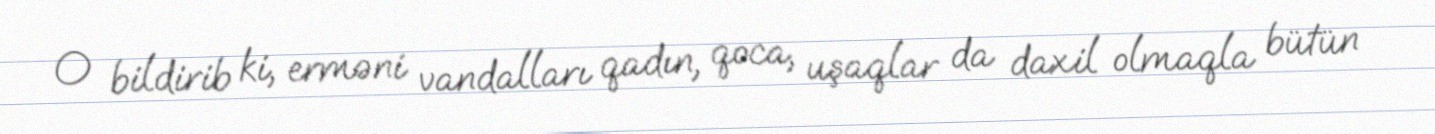
O bildirib ki, erməni vandalları qadın, qoca, uşaqlar da daxil olmaqla bütün